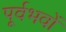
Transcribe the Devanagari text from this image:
पूर्वभवों